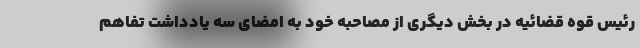
رئیس قوه قضائیه در بخش دیگری از مصاحبه خود به امضای سه یادداشت تفاهم